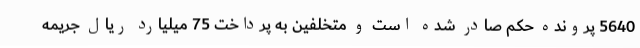
5640 پرونده حکم صادر شده است و متخلفین به پرداخت 75 میلیارد ریال جریمه